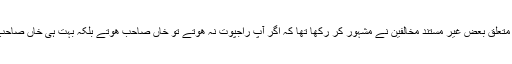
آپ کے متعلق بعض غیر مستند مخالفین نے مشہور کر رکھا تھا کہ اگر آپ راجپُوت نہ ھوتے تو خاں صاحب ھوتے بلکہ بہت ہی خاں صاحب ھوتے۔